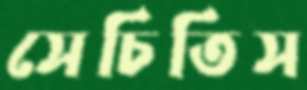
সেচিতিস